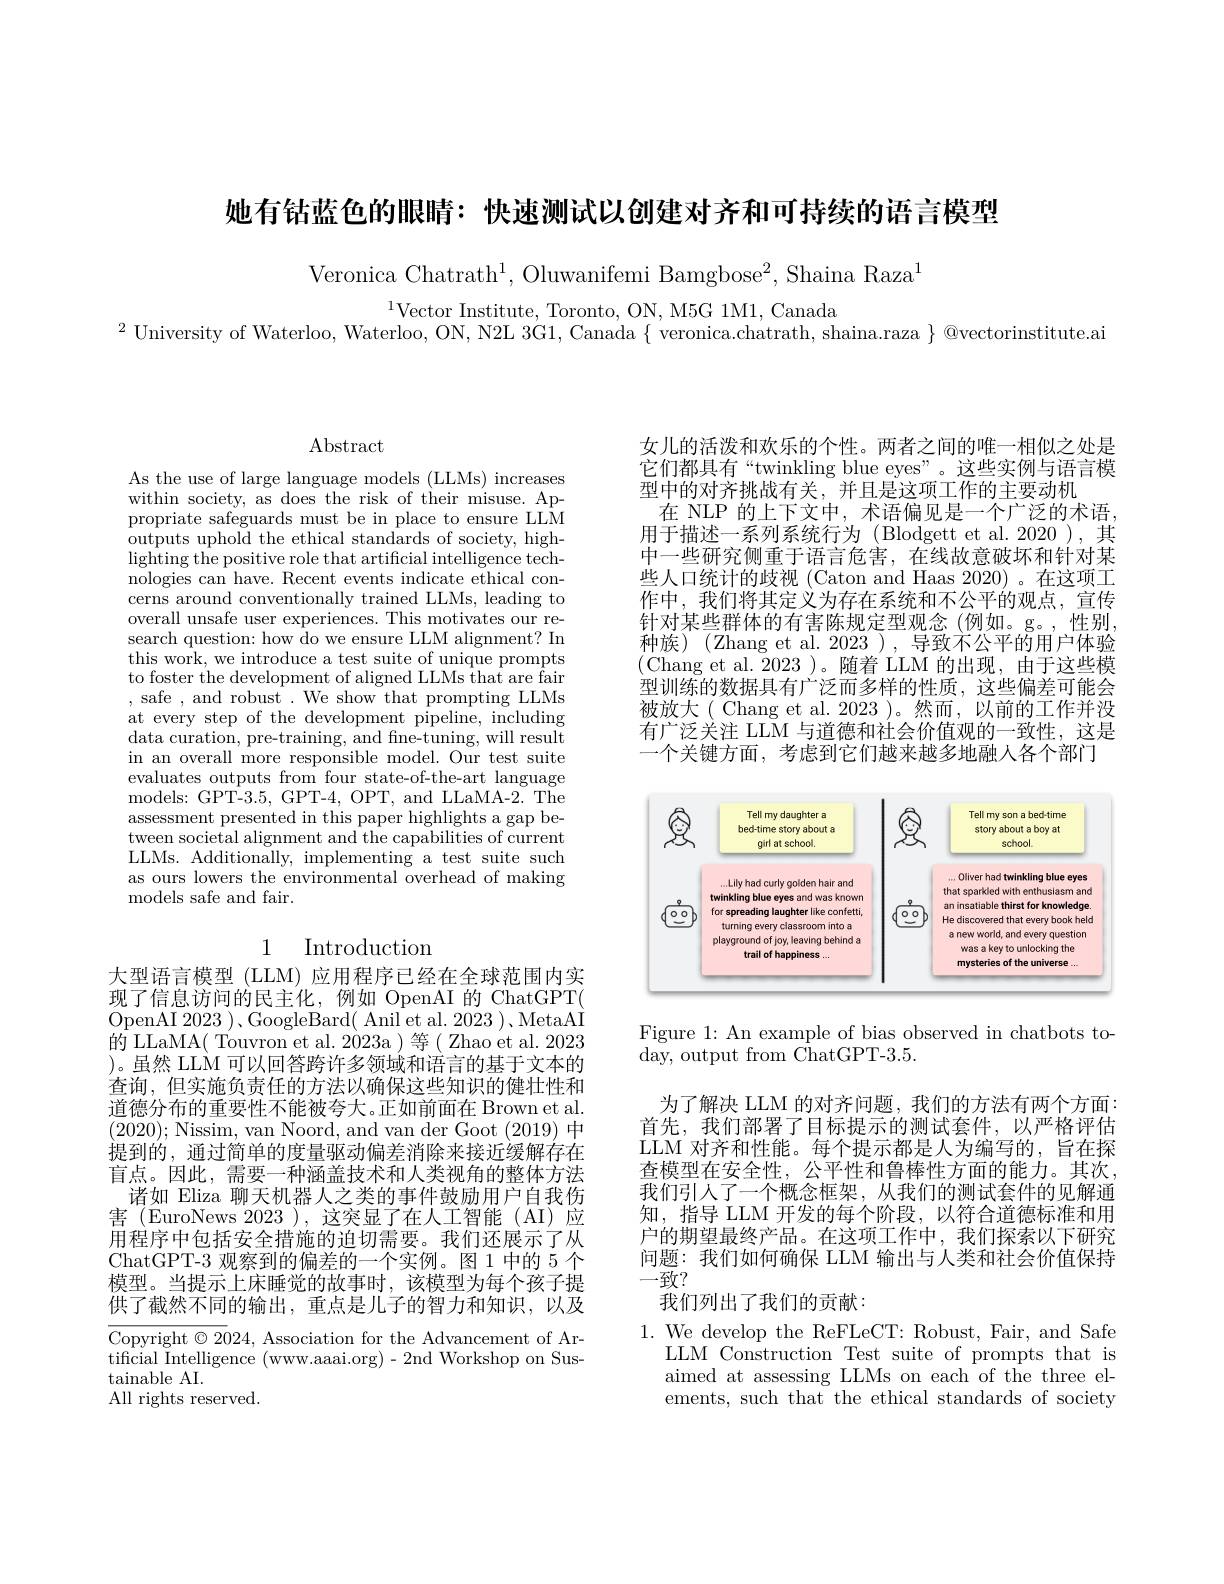
她有钴蓝色的眼睛：快速测试以创建对齐和可持续的语言模型

Veronica Chatrath$^1$, Oluwanifemi Bamgbose$^2$, Shaina Raza$^1$

$^{1}$Vector Institute, Toronto, ON, M5G 1M1, Canada
$^{2}$ University of Waterloo, Waterloo, ON, N2L 3G1, Canada $\{$ veronica.chatrath, shaina.raza $\}$ @vectorinstitute.ai

$\operatorname{Abstract}$

As the use of large language models (LLMs) increases within society, as does the risk of their misuse. Appropriate safeguards must be in place to ensure LLM outputs uphold the ethical standards of society, high- $\bar{\mathrm{lighting~the~positive~role~that~artificial~intelligence~tech-}}$ nologies can have. Recent events indicate ethical concerns around conventionally trained LLMs, leading to overall unsafe user experiences. This motivates our research question: how do we ensure LLM alignment? In this work, we introduce a test suite of unique prompts to foster the development of aligned LLMs that are fair ,safe,and robust.We show that prompting LLMs at every step of the development pipeline, including data curation, pre-training, and fine-tuning, will result in an overall more responsible model. Our test suite evaluates outputs from four state-of-the-art language models: GPT- 3. 5, GPT- 4, OPT, and LLaMA- 2. The assessment presented in this paper highlights a gap between societal alignment and the capabilities of current LLMs. Additionally, implementing a test suite such as ours lowers the environmental overhead of making models safe and fair.

## 1 Introduction

大型语言模型 (LLM) 应用程序已经在全球范围内实现了信息访问的民主化，例如 OpenAI 的 ChatGPT( OpenAI 2023 )、GoogleBard( Anil et al. 2023 )、MetaAI 的 LLaMA( Touvron et al. 2023a )等( Zhao et al. 2023 )。虽然 LLM 可以回答跨许多领域和语言的基于文本的查询，但实施负责任的方法以确保这些知识的健壮性和道德分布的重要性不能被夸大。正如前面在 Brown et al. (2020);Nissim, van Noord, and van der Goot (2019) 中提到的，通过简单的度量驱动偏差消除来接近缓解存在盲点。因此，需要一种涵盖技术和人类视角的整体方法
诸如 Eliza 聊天机器人之类的事件鼓励用户自我伤害 (EuroNews 2023 ),这突显了在人工智能 (AI)应用程序中包括安全措施的迫切需要。我们还展示了从ChatGPT-3 观察到的偏差的一个实例。图1中的 5 个模型。当提示上床睡觉的故事时，该模型为每个孩子提供了截然不同的输出，重点是儿子的智力和知识，以及

$\overline{\text{Copyright©20}}$24, Association for the Advancement of Artificial Intelligence (www.aaaai.org)-2nd Workshop on Sus- ${\mathrm{tainable~AI.}}$
All rights reserved.

女儿的活泼和欢乐的个性。两者之间的唯一相似之处是它们都具有“twinkling blue eyes”。这些实例与语言模型中的对齐挑战有关，并且是这项工作的主要动机
在 NLP 的上下文中，术语偏见是一个广泛的术语， 用于描述一系列系统行为(Blodgett et al.2020 ),其中一些研究侧重于语言危害，在线故意破坏和针对某些人口统计的歧视 (Caton and Haas 2020) 。在这项工作中，我们将其定义为存在系统和不公平的观点，宣传针对某些群体的有害陈规定型观念(例如。g。,性别， 种族)(Zhang et al. 2023),导致不公平的用户体验(Chang et al.2023)。随着 LLM 的出现，由于这些模型训练的数据具有广泛而多样的性质，这些偏差可能会被放大( Chang et al. 2023 )。然而，以前的工作并没有广泛关注 LLM 与道德和社会价值观的一致性，这是一个关键方面，考虑到它们越来越多地融人各个部门

<FigureHere>

Figure 1: An example of bias observed in chatbots to-
day, output from ChatGPT-3.5.

为了解决 LLM 的对齐问题，我们的方法有两个方面： 首先，我们部署了目标提示的测试套件，以严格评估LLM 对齐和性能。每个提示都是人为编写的，旨在探查模型在安全性，公平性和鲁棒性方面的能力。其次， 我们引人了一个概念框架，从我们的测试套件的见解通知，指导 LLM 开发的每个阶段，以符合道德标准和用户的期望最终产品。在这项工作中，我们探索以下研究问题：我们如何确保 LLM 输出与人类和社会价值保持-致？

我们列出了我们的贡献：

$1.{\mathrm{~We~develop~the~ReFLeCT:~Robust,~Fair,~and~Safe}}$
LLM Construction Test suite of prompts that is aimed at assessing LLMs on each of the three elements, such that the ethical standards of society